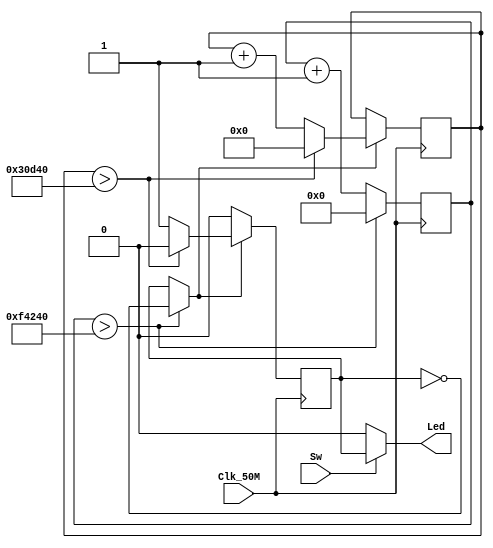
module LED_10Period(Led, Sw, Clk_50M);

output reg Led;
input Sw, Clk_50M;

reg [27:0]Clk_count = 0;
reg [22:0]Clk50_count = 0;
reg Clk_50 = 1'b0;

always@(posedge Clk_50M)begin
	// 50MHz --> 50Hz
	if(Clk_count > 1000000)begin // (1Hz)25000000 or (50Hz)1000000
		Clk_50 = ~Clk_50; // 50%
		Clk_count = 0;
	end
	else begin
		Clk_count = Clk_count + 1;
	end
	// 10%
	if(Clk_50 == 1'b1)begin
		if(Clk50_count > 200000)begin
			Clk_50 = 1'b0;
			Clk50_count = 0;
		end
		else
			Clk50_count = Clk50_count + 1;
	end
end

always@(*)begin
	if(!Sw)begin
		Led = 1'b0;
	end
	else begin
		Led = Clk_50;
	end
end

endmodule